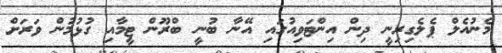
މެނުއެލް ޕެލެގިރިނީ ދިން އިންޓަވިއުގައި އޭނާ ބުނީ ބްރޫން ޓީމާއި ގުޅުމުން ވަރަށް